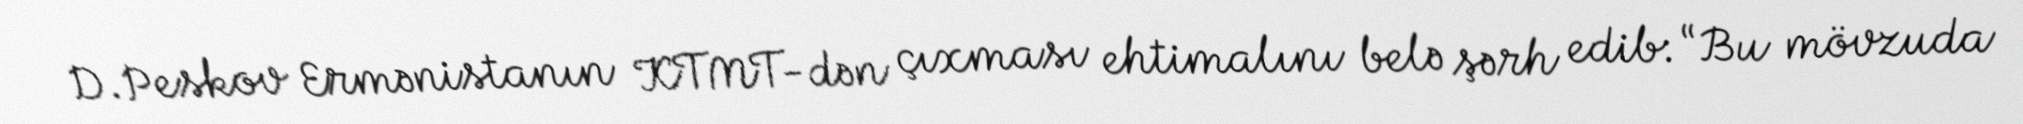
D.Peskov Ermənistanın KTMT-dən çıxması ehtimalını belə şərh edib: “Bu mövzuda